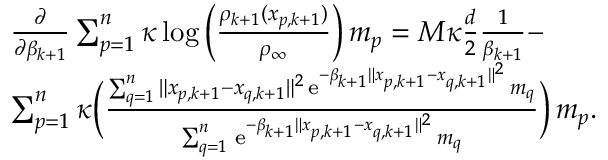
\begin{array} { r l } & { \frac { \partial } { \partial \beta _ { k + 1 } } \sum _ { p = 1 } ^ { n } \kappa \log \Big ( \frac { \rho _ { k + 1 } ( x _ { p , k + 1 } ) } { \rho _ { \infty } } \Big ) \, m _ { p } = M \kappa \frac { d } { 2 } \frac { 1 } { \beta _ { k + 1 } } - } \\ & { \sum _ { p = 1 } ^ { n } \kappa \Big ( \frac { \sum _ { q = 1 } ^ { n } \| x _ { p , k + 1 } - x _ { q , k + 1 } \| ^ { 2 } \, \mathrm { e } ^ { - \beta _ { k + 1 } \| x _ { p , k + 1 } - x _ { q , k + 1 } \| ^ { 2 } } \, m _ { q } } { \sum _ { q = 1 } ^ { n } \, \mathrm { e } ^ { - \beta _ { k + 1 } \| x _ { p , k + 1 } - x _ { q , k + 1 } \| ^ { 2 } } \, m _ { q } } \Big ) \, m _ { p } . } \end{array}